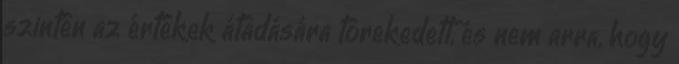
szintén az értékek átadására törekedett, és nem arra, hogy